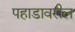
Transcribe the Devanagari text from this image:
पहाडावरील